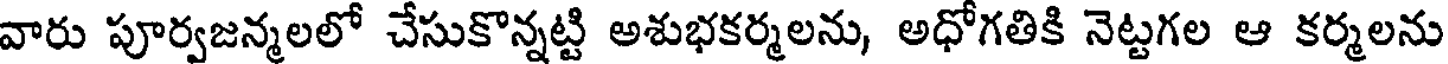
వారు పూర్వజన్మలలో చేసుకొన్నట్టి అశుభకర్మలను, అధోగతికి నెట్టగల ఆ కర్మలను